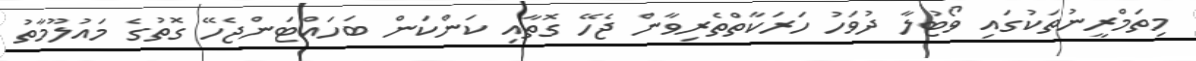
މިތަމްރީނުތަކުގައި ވޯޓުލާ ދުވަހު ހަރަކާތްތެރިވާން ޖެހޭ ގޮތާއި ކަންކަން ބަހައްޓަންޖެހޭ ގޮތުގެ މައުލޫމާތު